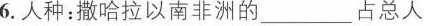
6. 人种：撒哈拉以南非洲的 ___ 占总人